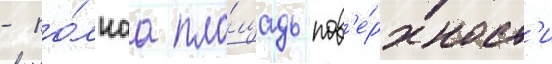
- по́лнаа пло́щадь пов'е́рхност'и